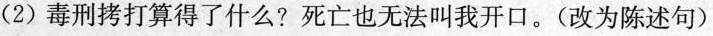
(2)毒刑拷打算得了什么?死亡也无法叫我开口。(改为陈述句)